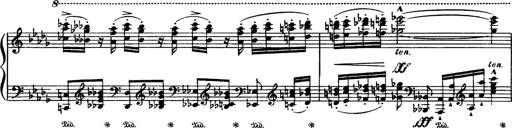
Title: Paraphrase de concert sur Rigoletto
Composer: Franz Liszt